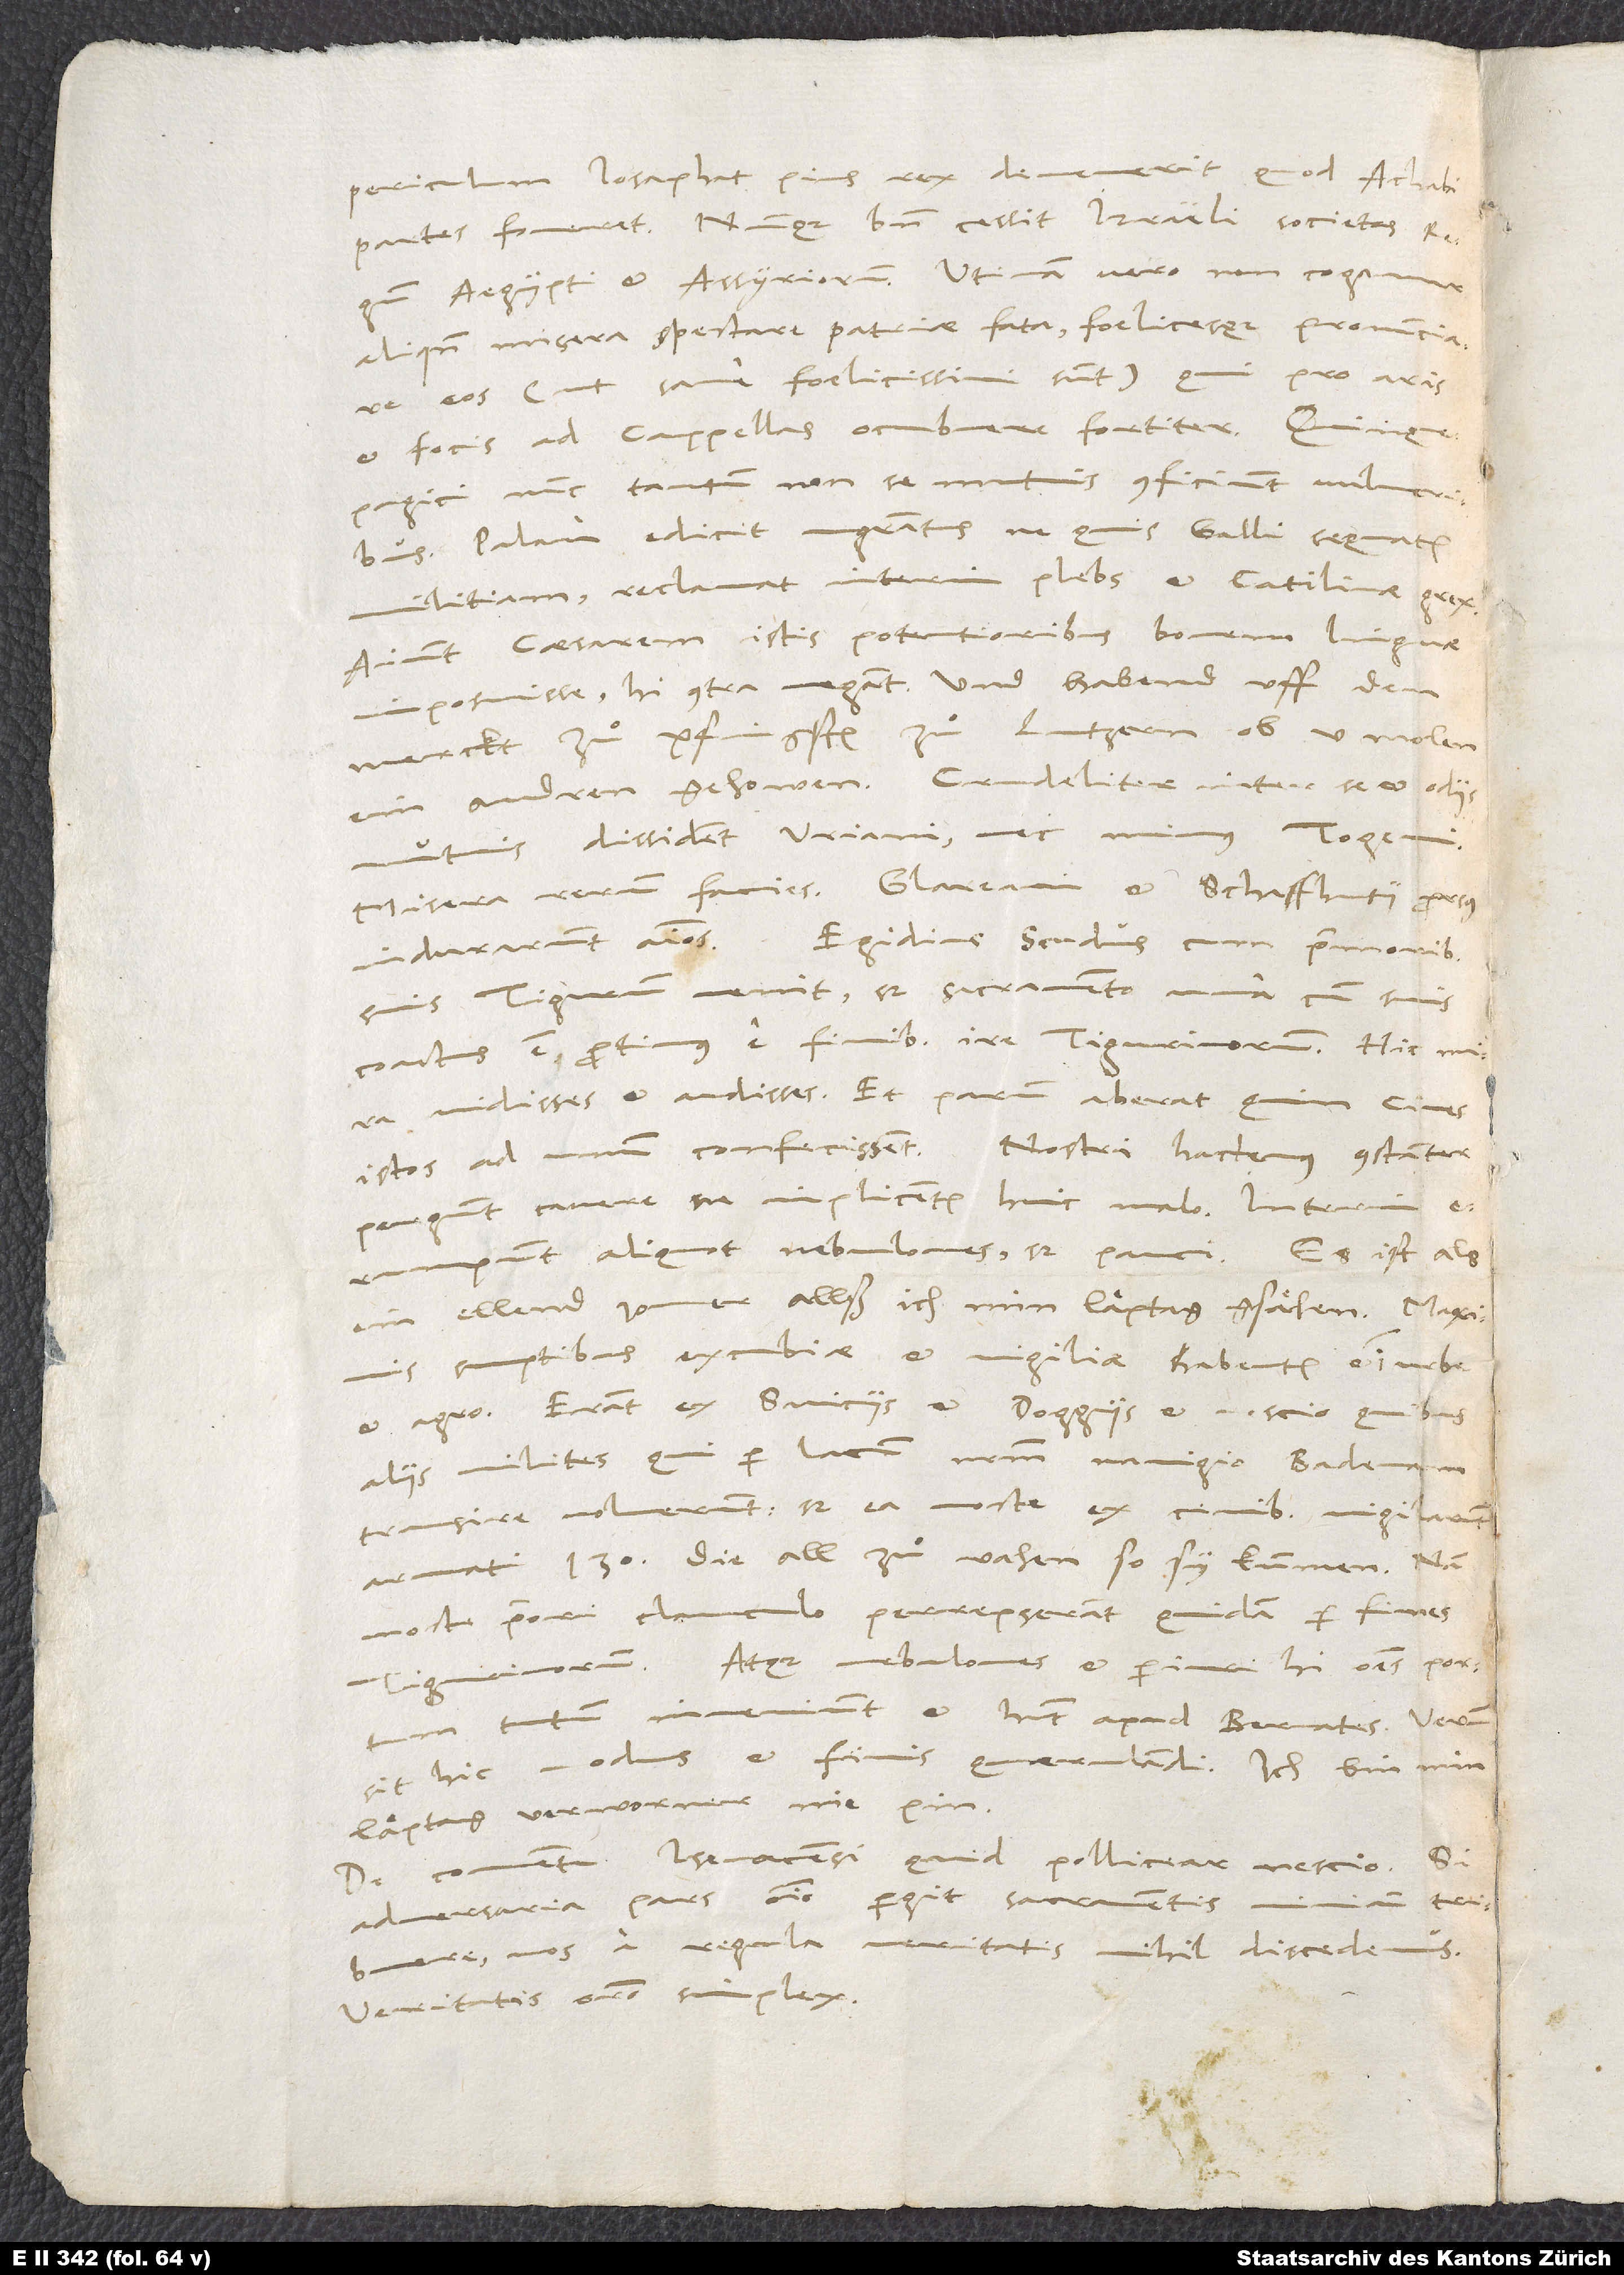
periculum losaphat, pius rex, devenerit, quod Achabi
partes foveret. Nunquam bene cessit Israeli societas
Aegypti et Assyriorum. Utinam vero non cogamur
aliquando misera spectare patriae fata foelicesque pronunciare
eos (ut sane foelicissimi sunt), qui pro ans
et focis ad Cappellas ocubuere fortiter.
Quinquepagici nunc tantum non se mutuis conficiunt vulneribus.
Palam edicit magistratus, ne quis Galli sequatur
militiam. reclamat interim plebs et Catilinae grex.
Aiunt caesarern istis potentioribus bovem linguae
imposuisse. Hi contra negant, und habend uff dem
merckt zuͦ pfingsten zuͦ Lutzern ob 5 molen
ein andren gehowen. Crudeliter inter se et odiis
mutuis dissident Urani nec minus Togeni.
Misera rerum facies. Glareani et Schaffhusii prorsus
indurarunt animos. Egidius Scudus cum primoribus
suis Tigurum venit, sed sacramento una cum suis
coactus est protinus e finibus ire Tiguriunum. Hic mira
vidisses et audisses. Et parum aberat, quin cives
istos ad unum confecissent. Nostri hactenus constanter
pergunt cavere, ne implicentur huic malo. Interim
erumpunt aliquot nebulones, sed pauci. Es ist als
ein ellend jomer, allß ich min läptag gsähen. Maximis
sumptibus excubiae et vigiliae habentur et in urbe
et agro. Erant ex Sviciis et Doggiis et nescio quibus
aliis milites, qui per lacum nostrum navigio Badenam
transire voluerunt, sed ea nocte ex civibus vigilarunt
armati 130, die all zuͦ vahen, so sy kummen. Nam
nocte priori clanculo perrepserant quidam per fines
Tigurinorum. Atque nebulones et periuri hi omnes portum
tutum inveniunt et habent apud Bernates. Verum
sit hic modus et finis quaerulandi. Ich bin min
läptag verworner nie xin.
De conventu Isenacensi quid pollicear, nescio. Si
adversaria pars omnino pergit sacramentis nimium tribuere,
nos a regula veritatis nihil discedemus.
Veritatis oratio simplex.